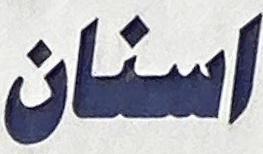
اسنان